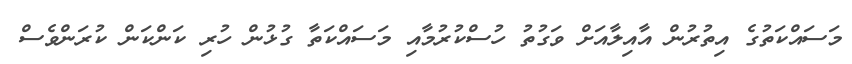
މަސައްކަތުގެ އިތުރުން އާއިލާއަށް ވަގުތު ހުސްކުރުމާއި މަސައްކަތާ ގުޅުން ހުރި ކަންކަން ކުރަންވެސް